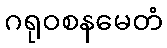
ဂရုဝစနမေတံ